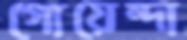
গোয়েন্দা